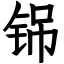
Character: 铞